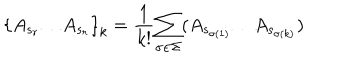
{ \lbrace { A _ { s _ { r } } } { \ldots } { A _ { s _ { r } } \rbrace } _ { k } = { \frac { 1 } { k ! } } { \sum _ { \sigma { \in } { \Sigma } } } { ( A _ { s _ { \sigma ( 1 ) } } { \ldots } { A _ { s _ { \sigma ( k ) } } } } } )